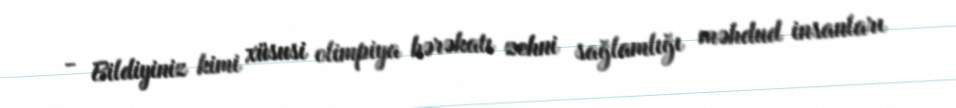
- Bildiyiniz kimi xüsusi olimpiya hərəkatı zehni sağlamlığı məhdud insanları